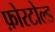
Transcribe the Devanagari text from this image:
फ़ोरटोल्ड